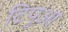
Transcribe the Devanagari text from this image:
टिपुआ